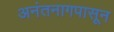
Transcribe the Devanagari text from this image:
अनंतनागपासून